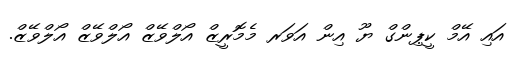
އައި އޭމް ކީޕިންގް ޔޫ އިން އަވަރ މެމޮރީޒް އޯލްވޭޒް އޯލްވޭޒް އޯލްވޭޒް.